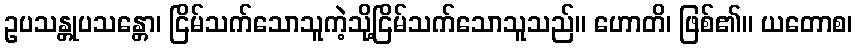
ဥပသန္တုပသန္တော၊ ငြိမ်သက်သောသူကဲ့သို့ငြိမ်သက်သောသူသည်။ ဟောတိ၊ ဖြစ်၏။ ယတောစ၊